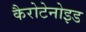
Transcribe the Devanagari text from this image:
कैरोटेनोइड